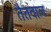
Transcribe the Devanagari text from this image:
तैतवाल